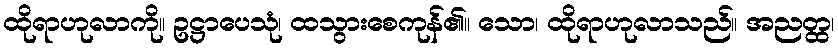
ထိုရာဟုလာကို။ ဥဋ္ဌာပေသုံ၊ ထသွားစေကုန်၏။ သော၊ ထိုရာဟုလာသည်။ အညတ္ထ၊